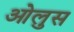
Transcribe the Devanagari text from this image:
ओलुस